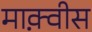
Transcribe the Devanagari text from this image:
माक़्वीस